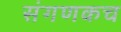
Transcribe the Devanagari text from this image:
संगणकच